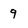
Character: 9